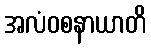
အလံဝစနာယာတိ